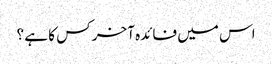
اس میں فائدہ آخر کس کا ہے ؟